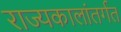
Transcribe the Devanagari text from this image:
राज्यकालांतर्गत